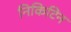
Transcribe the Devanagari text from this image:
निकिटिन